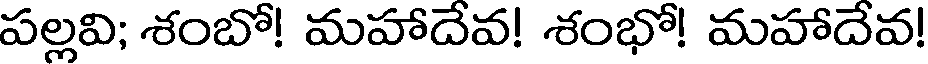
పల్లవి; శంబో! మహాదేవ! శంభో! మహాదేవ!